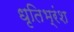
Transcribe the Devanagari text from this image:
धृतिभ्रंश